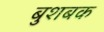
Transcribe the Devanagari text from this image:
बुशबक